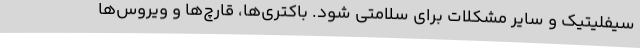
سیفلیتیک و سایر مشکلات برای سلامتی شود. باکتری‌ها، قارچ‌ها و ویروس‌ها